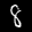
Label: 8